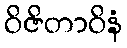
ဝိဇိတာဝိနံ